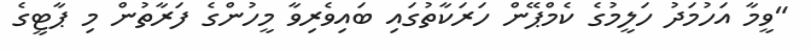
"ވީމާ އަހުމަދު ހަލީމުގެ ކެމްޕޭން ހަރަކާތުގައި ބައިވެރިވާ މީހުންގެ ފަރާތުން މި ޕާޓީގެ